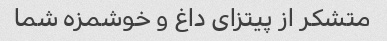
متشکر از پیتزای داغ و خوشمزه شما